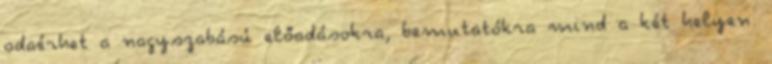
odaérhet a nagyszabású előadásokra, bemutatókra mind a két helyen.